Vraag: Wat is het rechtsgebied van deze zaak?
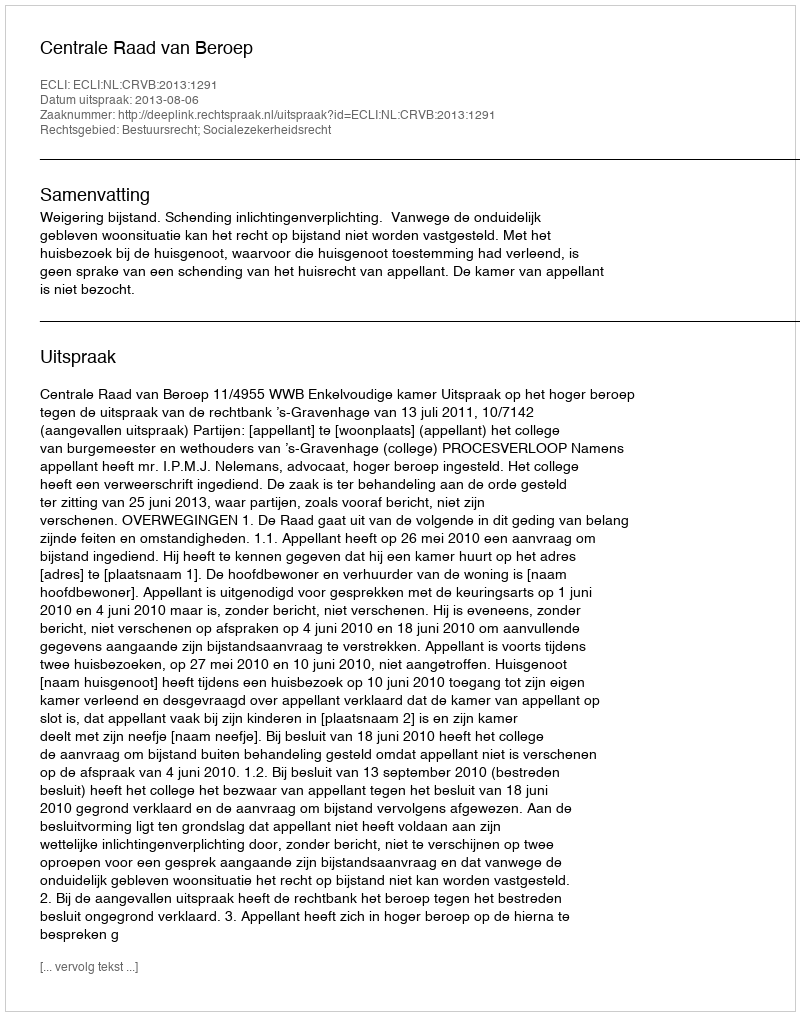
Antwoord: Bestuursrecht; Socialezekerheidsrecht